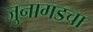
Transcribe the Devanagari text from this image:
जुनागडचा